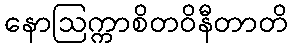
နောဩက္ကာစိတဝိနီတာတိ